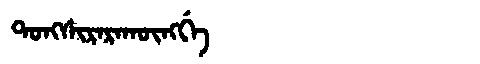
Manchu: ᡨᠣᠩᠰᡳᡵᠠᡵᠠᡴᡡᠩᡤᡝ
Romanization: TONGSIRARAKŪNGGE